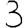
Digit: 3